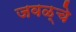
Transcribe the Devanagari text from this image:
जवळ्चे